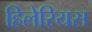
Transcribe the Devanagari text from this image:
हिलेरियस